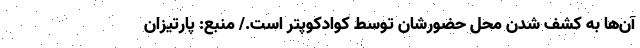
آن‌ها به کشف شدن محل حضورشان توسط کوادکوپتر است./ منبع: پارتیزان